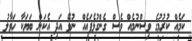
ކަމެއް ކުރުމުގެ ވިސްނުމެއް ވެސް ގެންގުޅެފައެއް ނުވޭ އަދި އެކަން ބަޔަކާ ހަވާލު